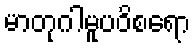
မာတုဂါမူပဝိစရော